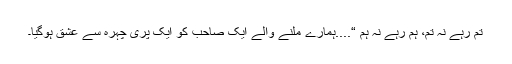
تم رہے نہ تم، ہم رہے نہ ہم “....ہمارے ملنے والے ایک صاحب کو ایک پری چہرہ سے عشق ہوگیا۔